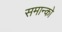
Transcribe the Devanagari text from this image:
समान्को